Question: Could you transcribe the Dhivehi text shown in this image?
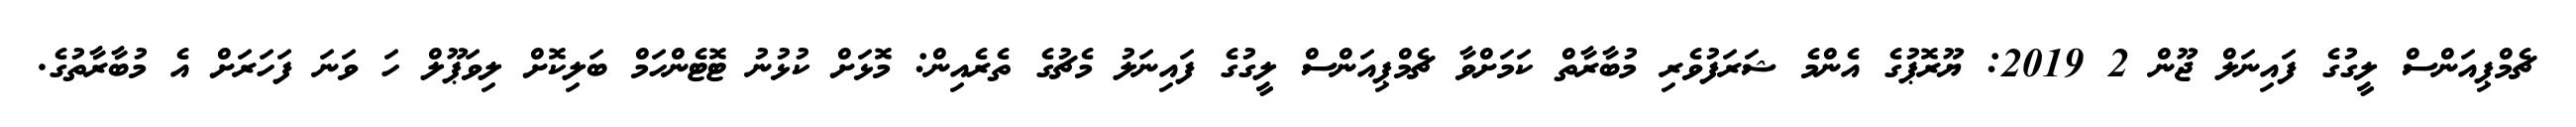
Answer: ޗެމްޕިއަންސް ލީގުގެ ފައިނަލް ޖޫން 2 2019: ޔޫރޮޕުގެ އެންމެ ޝަރަފުވެރި މުބާރާތް ކަމަށްވާ ޗެމްޕިއަންސް ލީގުގެ ފައިނަލު މެޗުގެ ތެރެއިން: މޮޅަށް ކުޅުނު ޓޮޓެންހަމް ބަލިކޮށް ލިވަޕޫލް ހަ ވަނަ ފަހަރަށް އެ މުބާރާތުގެ.